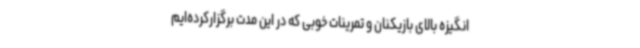
انگیزه بالای بازیکنان و تمرینات خوبی که در این مدت برگزارکرده‌ایم